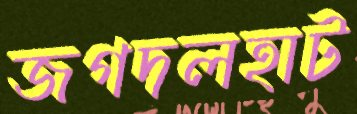
জগদলহাট